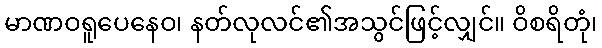
မာဏဝရူပေနေဝ၊ နတ်လုလင်၏အသွင်ဖြင့်လျှင်။ ဝိစရိတုံ၊